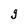
Character: g